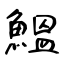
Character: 鰮